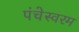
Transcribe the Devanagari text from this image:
पंचेस्वरम